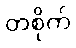
တစိုက်